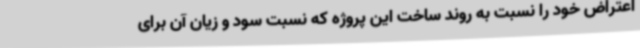
اعتراض خود را نسبت به روند ساخت این پروژه که نسبت سود و زیان آن برای